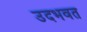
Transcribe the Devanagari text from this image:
उदभवत